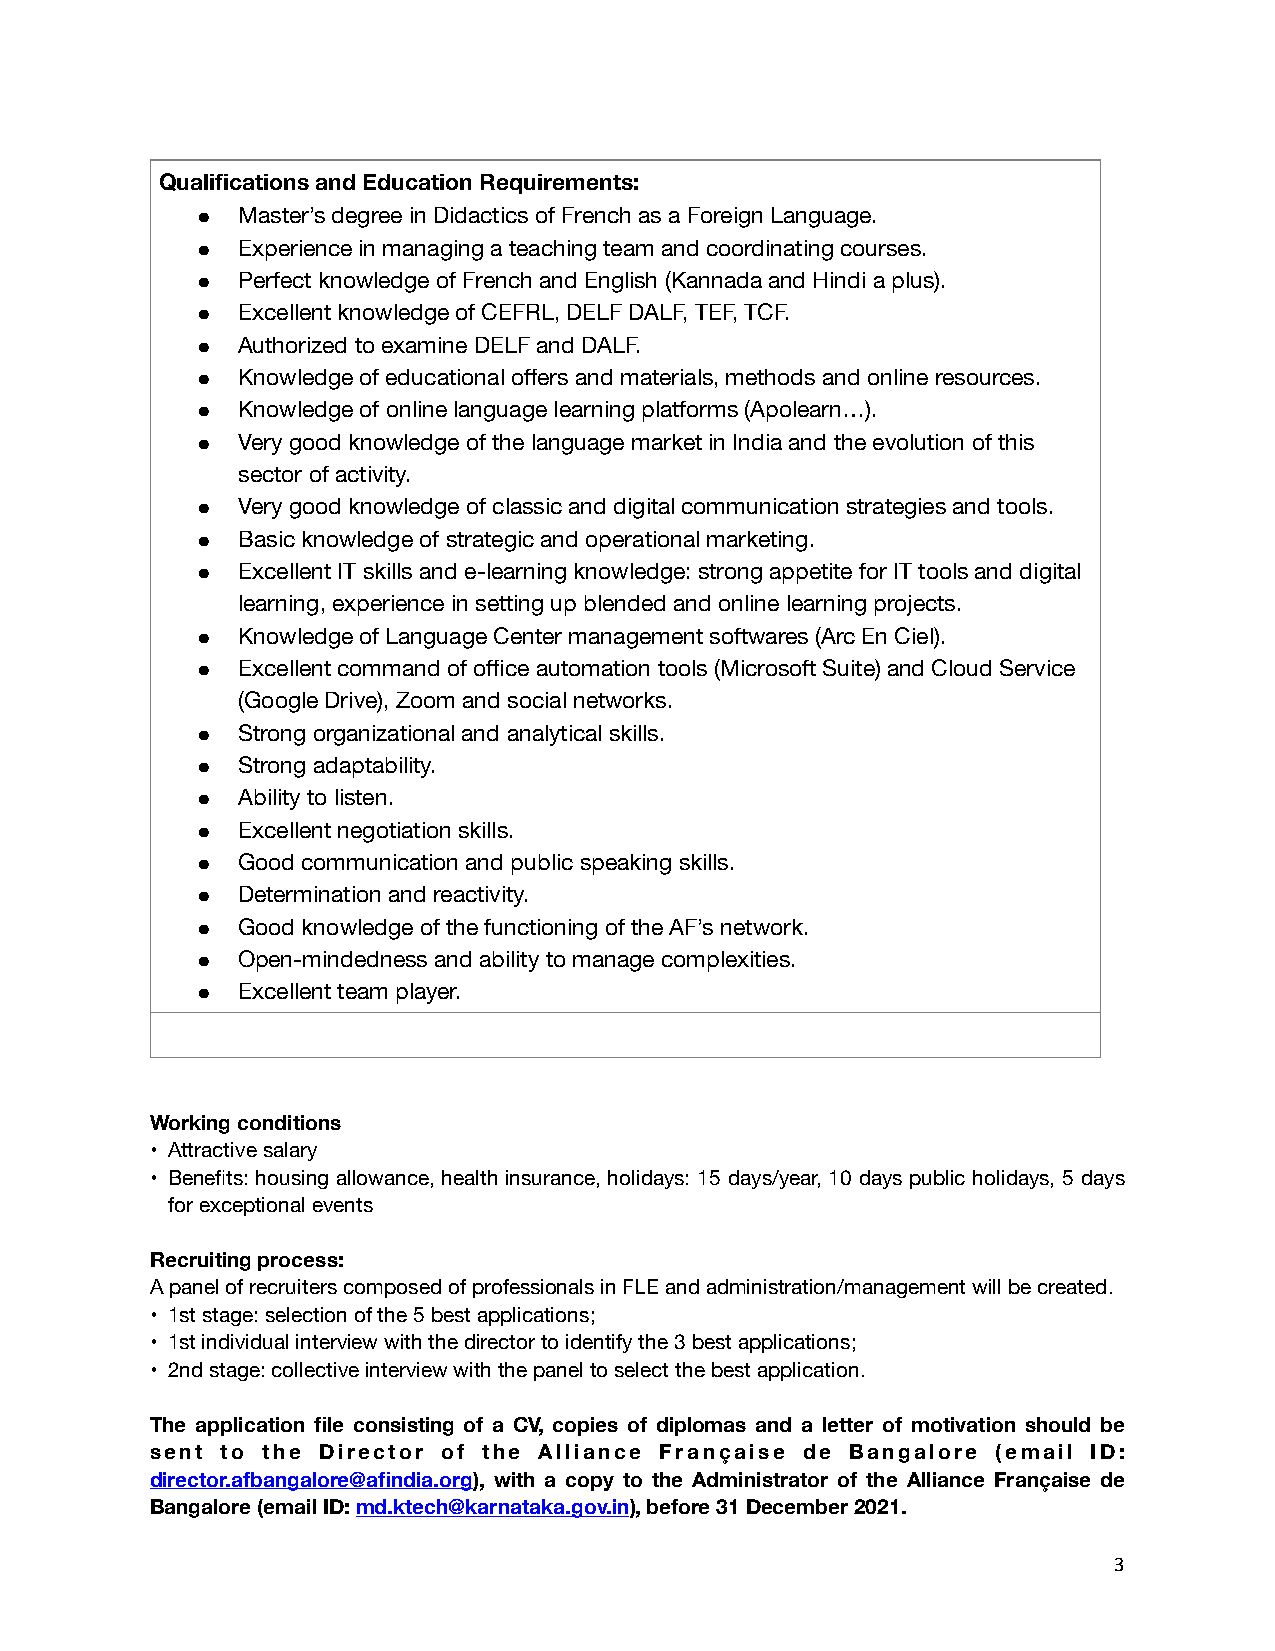
Qualifications and Education Requirements:
 ●  Master’s degree in Didactics of French as a Foreign Language.
 ●  Experience in managing a teaching team and coordinating courses.
 ●  Perfect knowledge of French and English (Kannada and Hindi a plus).
 ●  Excellent knowledge of CEFRL, DELF DALF, TEF, TCF.
 ●  Authorized to examine DELF and DALF.
 ●  Knowledge of educational offers and materials, methods and online resources.
 ●  Knowledge of online language learning platforms (Apolearn…).
 ●  Very good knowledge of the language market in India and the evolution of this
 sector of activity.
 ●  Very good knowledge of classic and digital communication strategies and tools.
 ●  Basic knowledge of strategic and operational marketing.
 ●  Excellent IT skills and e-learning knowledge: strong appetite for IT tools and digital
 learning, experience in setting up blended and online learning projects.
 ●  Knowledge of Language Center management softwares (Arc En Ciel).
 ●  Excellent command of office automation tools (Microsoft Suite) and Cloud Service
 (Google Drive), Zoom and social networks.
 ●  Strong organizational and analytical skills.
 ●  Strong adaptability.
 ●  Ability to listen.
 ●  Excellent negotiation skills.
 ●  Good communication and public speaking skills.
 ●  Determination and reactivity.
 ●  Good knowledge of the functioning of the AF’s network.
 ●  Open-mindedness and ability to manage complexities.
 ●  Excellent team player.
 Working conditions
 • Attractive salary
 • Benefits: housing allowance, health insurance, holidays: 15 days/year, 10 days public holidays, 5 days
 for exceptional events
 Recruiting process:
 A panel of recruiters composed of professionals in FLE and administration/management will be created.
 • 1st stage: selection of the 5 best applications;
 • 1st individual interview with the director to identify the 3 best applications;
 • 2nd stage: collective interview with the panel to select the best application.
 The application file consisting of a CV, copies of diplomas and a letter of motivation should be
 sent to the Director of the Alliance Française de Bangalore (email ID:
 director.afbangalore@afindia.org), with a copy to the Administrator of the Alliance Française de
 Bangalore (email ID: md.ktech@karnataka.gov.in), before 31 December 2021.
 3